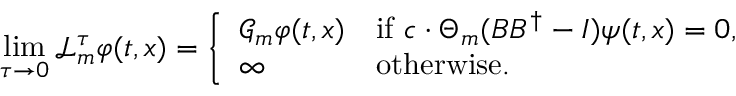
\operatorname* { l i m } _ { \tau \to 0 } \mathcal { L } _ { m } ^ { \tau } \varphi ( t , x ) = \left\{ \begin{array} { l l } { \mathcal { G } _ { m } \varphi ( t , x ) } & { \mathrm { i f ~ } \boldsymbol { c } \cdot \Theta _ { m } ( B B ^ { \dagger } - I ) \boldsymbol { \psi } ( t , x ) = 0 , } \\ { \infty } & { \mathrm { o t h e r w i s e . } } \end{array} \right.